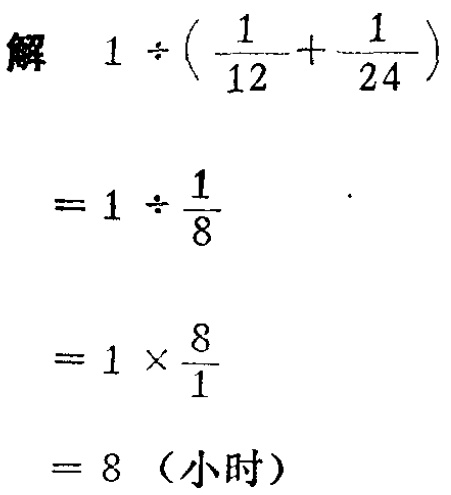
解

\[

\begin{align*}

&1\div(\frac{1}{12}+\frac{1}{24})\\

=&1\div\frac{1}{8}\\

=&1\times\frac{8}{1}\\

=&8（小时）

\end{align*}

\]